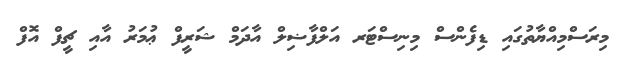
މިރަސްމިއްޔާތުގައި ޑިފެންސް މިނިސްޓަރ އަލްފާޟިލް އާދަމް ޝަރީފް ޢުމަރު އާއި ޗީފް އޮފް